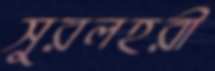
সুরলহরী